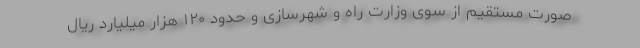
صورت مستقیم از سوی وزارت راه و شهرسازی و حدود ۱۲۰ هزار میلیارد ریال